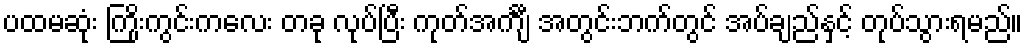
ပထမဆုံး ကြိုးကွင်းကလေး တခု လုပ်ပြီး ကုတ်အင်္ကျီ အတွင်းဘက်တွင် အပ်ချည်နှင့် တုပ်သွားရမည်။